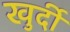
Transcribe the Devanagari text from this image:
खुर्दी